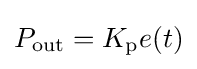
P_{\text{out}}=K_{\text{p}}e(t)